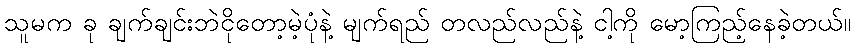
သူမက ခု ချက်ချင်းဘဲငိုတော့မဲ့ပုံနဲ့ မျက်ရည် တလည်လည်နဲ့ ငါ့ကို မော့ကြည့်နေခဲ့တယ်။